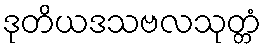
ဒုတိယဒသဗလသုတ္တံ